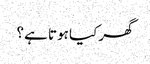
گھر کیا ہوتا ہے ؟